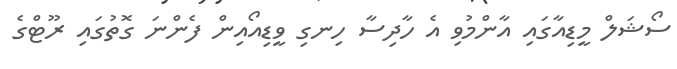
ސޯޝަލް މީޑިއާގައި އާންމުވި އެ ހާދިސާ ހިނގި ވީޑިއޯއިން ފެންނަ ގޮތުގައި ރޫޓްގެ